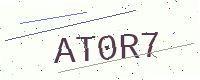
Text: AT0R7